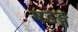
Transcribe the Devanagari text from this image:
षडङ्ग